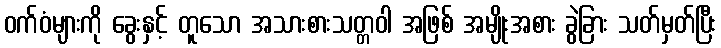
ဝက်ဝံများကို ခွေးနှင့် တူသော အသားစားသတ္တဝါ အဖြစ် အမျိုးအစား ခွဲခြား သတ်မှတ်ပြီး